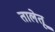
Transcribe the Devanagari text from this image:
तालेतू